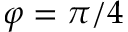
\varphi = \pi / 4